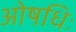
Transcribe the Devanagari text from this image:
ओषधिः